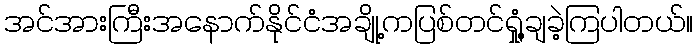
အင်အားကြီးအနောက်နိုင်ငံအချို့ကပြစ်တင်ရှုံ့ချခဲ့ကြပါတယ်။